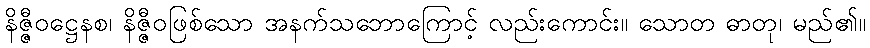
နိဇ္ဇီဝဋ္ဌေနစ၊ နိဇ္ဇီဝဖြစ်သော အနက်သဘောကြောင့် လည်းကောင်း။ သောတ ဓာတု၊ မည်၏။